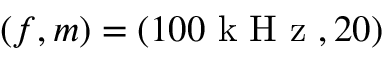
( f , m ) = ( 1 0 0 \mathrm { ~ k ~ H ~ z ~ } , 2 0 )